Annual report on the working of the lock hospitals in the Central Provinces
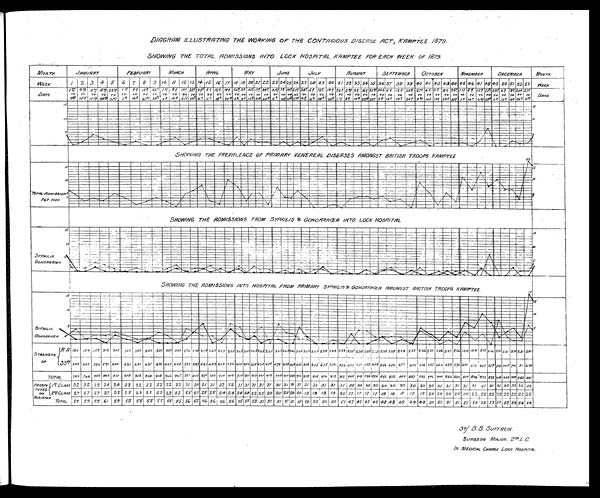
DIAGRAM ILLUSTRATING THE WORKING OF TWE CONTAGIOUS DISEASE ACT, KAMPTEE 1879.
SHOWING THE TOTAL ADMISSIONS INTO LOCK HOSPITAL, KAMPTEE FOR EACH WEEK OF 1879.
SHOWING THE PREVALENCE OF PRIMARY VENEREAL DISEASES AMONGST BRITISH TROOPS KAMPTEE
SHOWING THE ADMISSIONS FROM SYPHILIS & GONORRHŒR INTO LOCK HOSPITAL
SHOWING THE ADMISSIONS INTO HOSPITAL FROM PRIMARY SYPHILIS & GONORRHŒA AMONGST BRITISH TROOPS KAMPTEE.
Sef B. B. SUFFRE
IN
SURGEON MAJOR. 2 NO. L. C.
IN MEDICAL CHARGE L O C K H O S P I T A L .